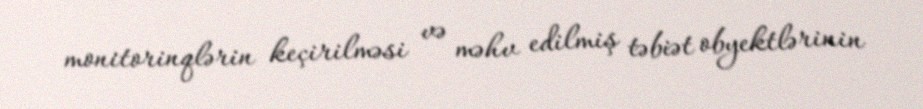
monitorinqlərin keçirilməsi və məhv edilmiş təbiət obyektlərinin